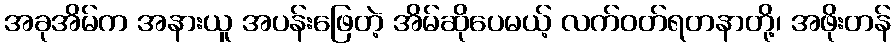
အခုအိမ်က အနားယူ အပန်းဖြေတဲ့ အိမ်ဆိုပေမယ့် လက်ဝတ်ရတနာတို့၊ အဖိုးတန်